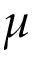
\mu